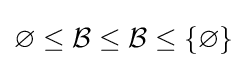
\varnothing \leq {\mathcal {B}}\leq {\mathcal {B}}\leq \{\varnothing \}